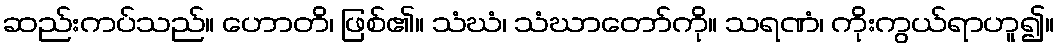
ဆည်းကပ်သည်။ ဟောတိ၊ ဖြစ်၏။ သံဃံ၊ သံဃာတော်ကို။ သရဏံ၊ ကိုးကွယ်ရာဟူ၍။